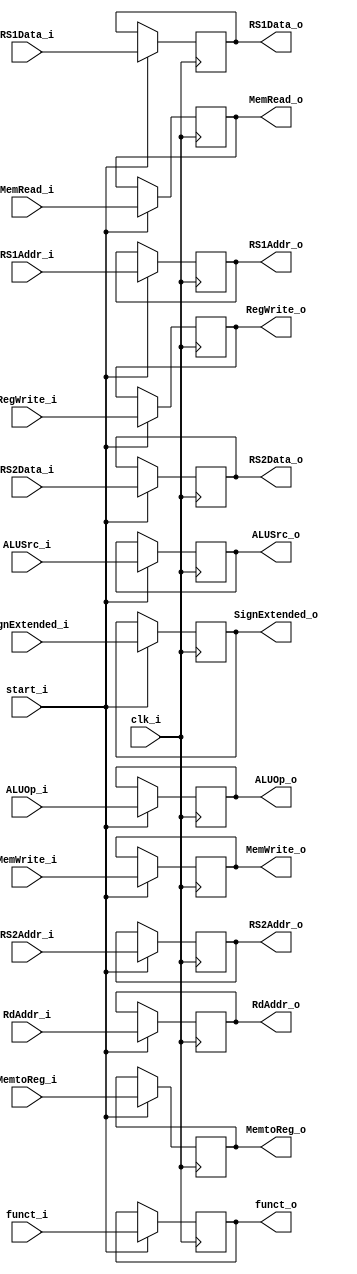
module Register_IDEX (
	clk_i,
	start_i,
	RS1Data_i,
	RS2Data_i,
	SignExtended_i,
	funct_i,
	RdAddr_i,
	RS1Addr_i,
	RS2Addr_i,
	RS1Data_o,
	RS2Data_o,
	SignExtended_o,
	funct_o,
	RdAddr_o,
	RS1Addr_o,
	RS2Addr_o,
	RegWrite_i,
	MemtoReg_i,
	MemRead_i,
	MemWrite_i,
	ALUOp_i,
	ALUSrc_i,
	RegWrite_o,
	MemtoReg_o,
	MemRead_o,
	MemWrite_o,
	ALUOp_o,
	ALUSrc_o
);

input clk_i, start_i;
input [31:0] RS1Data_i, RS2Data_i, SignExtended_i;
input [9:0] funct_i;
input [4:0] RdAddr_i,RS1Addr_i,RS2Addr_i;

input [1:0] ALUOp_i;
input RegWrite_i, MemtoReg_i, MemRead_i, MemWrite_i, ALUSrc_i;	

output [31:0] RS1Data_o, RS2Data_o, SignExtended_o;
output [9:0] funct_o;
output [4:0] RdAddr_o,RS1Addr_o,RS2Addr_o;

output [1:0] ALUOp_o;
output RegWrite_o, MemtoReg_o, MemRead_o, MemWrite_o, ALUSrc_o;	

reg [31:0] RS1Data_o, RS2Data_o, SignExtended_o;
reg [9:0] funct_o;
reg [4:0] RdAddr_o,RS1Addr_o,RS2Addr_o;

reg [1:0] ALUOp_o;
reg RegWrite_o, MemtoReg_o, MemRead_o, MemWrite_o, ALUSrc_o;	

always @(posedge clk_i) begin
	if (start_i) begin 
		RS1Data_o 		    <= RS1Data_i;
		RS2Data_o 		    <= RS2Data_i;
		SignExtended_o 	    <= SignExtended_i;
		funct_o				<= funct_i;
		RdAddr_o       		<= RdAddr_i;
		RS1Addr_o       	<= RS1Addr_i;
		RS2Addr_o       	<= RS2Addr_i;
	
		RegWrite_o          <= RegWrite_i; 
		MemtoReg_o          <= MemtoReg_i;
		MemRead_o           <= MemRead_i; 
		MemWrite_o          <= MemWrite_i;
		ALUOp_o             <= ALUOp_i;
		ALUSrc_o            <= ALUSrc_i;

	end 
	else begin
		RS1Data_o 		    <= RS1Data_o;
		RS2Data_o 		    <= RS2Data_o;
		SignExtended_o 	    <= SignExtended_o;
		funct_o				<= funct_o;
		RdAddr_o            <= RdAddr_o;
		RS1Addr_o       	<= RS1Addr_o;
		RS2Addr_o       	<= RS2Addr_o;
	
		RegWrite_o          <= RegWrite_o; 
		MemtoReg_o          <= MemtoReg_o;
		MemRead_o           <= MemRead_o; 
		MemWrite_o          <= MemWrite_o;
		ALUOp_o             <= ALUOp_o;
		ALUSrc_o            <= ALUSrc_o;
	end 
end

endmodule